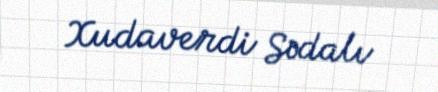
Xudaverdi Sədalı